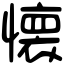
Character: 懐